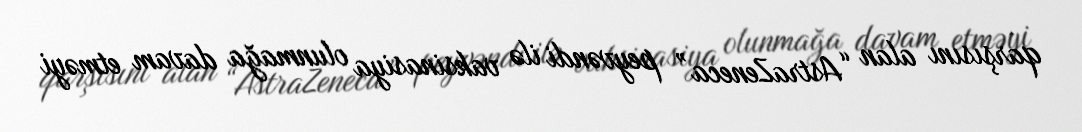
qarşısını alan “AstraZeneca” peyvəndi ilə vaksinasiya olunmağa davam etməyi